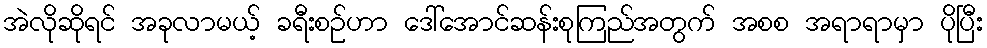
အဲလိုဆိုရင် အခုလာမယ့် ခရီးစဉ်ဟာ ဒေါ်အောင်ဆန်းစုကြည်အတွက် အစစ အရာရာမှာ ပိုပြီး